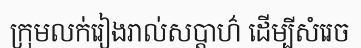
ក្រុមលក់រៀងរាល់សប្តាហ៌ ដើម្បីសំរេច